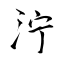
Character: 泞